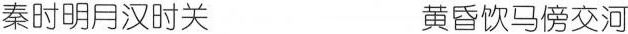
秦时明月汉时关 黄昏饮马傍交河